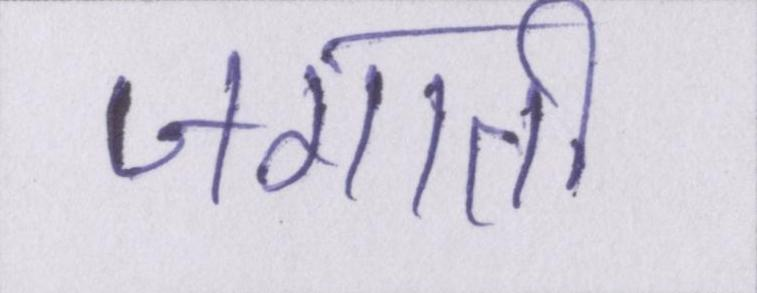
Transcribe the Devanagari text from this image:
जगाती